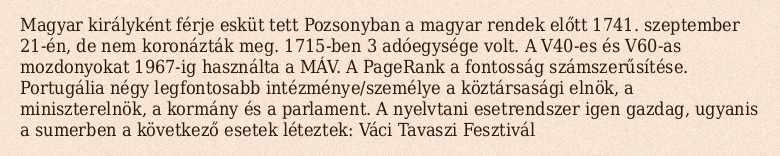
Magyar királyként férje esküt tett Pozsonyban a magyar rendek előtt 1741. szeptember 21-én, de nem koronázták meg. 1715-ben 3 adóegysége volt. A V40-es és V60-as mozdonyokat 1967-ig használta a MÁV. A PageRank a fontosság számszerűsítése. Portugália négy legfontosabb intézménye/személye a köztársasági elnök, a miniszterelnök, a kormány és a parlament. A nyelvtani esetrendszer igen gazdag, ugyanis a sumerben a következő esetek léteztek: Váci Tavaszi Fesztivál